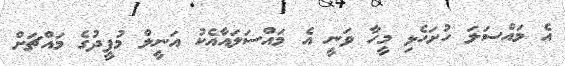
އެ މައްސަލަ ހުށަހެޅި މީހާ ވަނީ އެ މައްސަލައާއެކު އަނީލް މުފީދުގެ މައްޗަށް